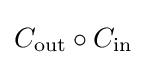
C_{\text{out}}\circ C_{\text{in}}